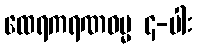
ထေရကရဏဓမ္မ ၄-ပါး